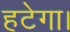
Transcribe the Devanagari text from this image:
हटेगा।